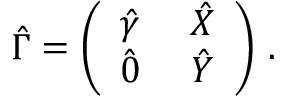
\hat { \Gamma } = \left( \begin{array} { c c } { { \hat { \gamma } ~ } } & { { \hat { X } } } \\ { { \hat { 0 } ~ } } & { { \hat { Y } } } \end{array} \right) \, .